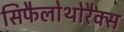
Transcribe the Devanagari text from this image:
सिफैलोथोरैक्स